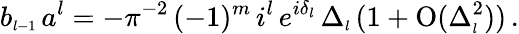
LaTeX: b_{\scriptscriptstyle{l-1}}\, a^{l}=-\pi^{-2}\, (-1)^{m}\, i^{l}\, e^{i\delta_{\scriptscriptstyle{l}}}\, \Delta_{\scriptscriptstyle{l}}\, (1+\mathrm{O}(\Delta_{\scriptscriptstyle{l}}^{2}))\, .